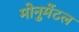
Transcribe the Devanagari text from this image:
मोनुमेंटल